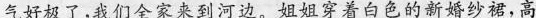
气好极了，我们全家来到河边。姐姐穿着白色的新婚纱裙，高